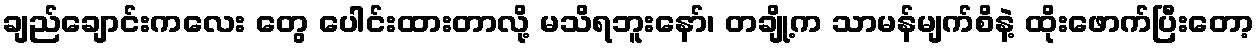
ချည်ချောင်းကလေး တွေ ပေါင်းထားတာလို့ မသိရဘူးနော်၊ တချို့က သာမန်မျက်စိနဲ့ ထိုးဖောက်ပြီးတော့